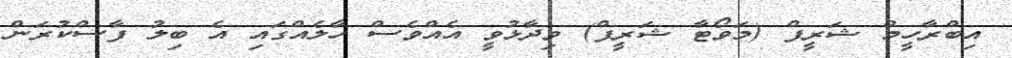
އިބްރާހީމް ޝަރީފް (މަވޯޓާ ޝަރީފް) ވިދާޅުވީ އެއްވެސް ހާލެއްގައި އެ ބިލު ފާސްކުރަން